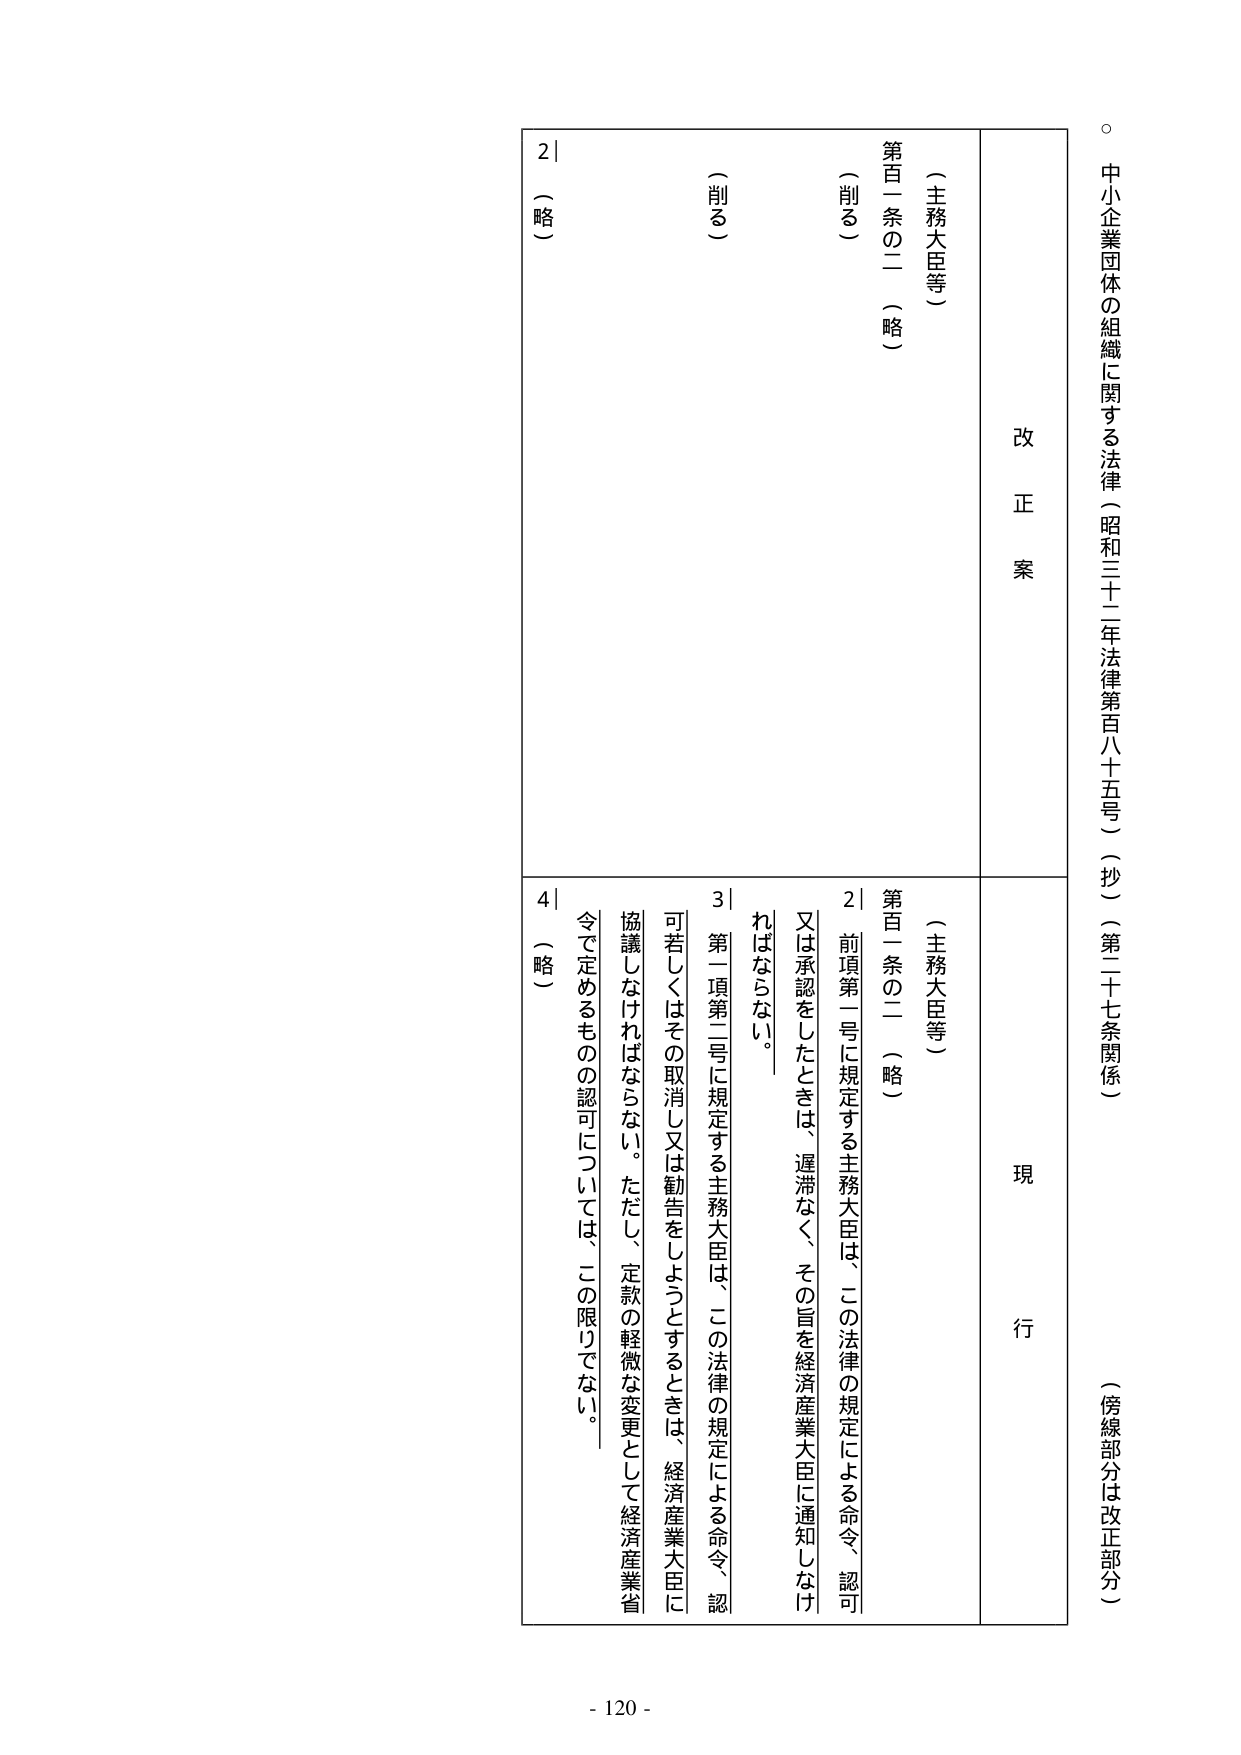
。中小企業団体の組織に関する法律（昭和三十二年法律第百八十五号）（抄）（第二十七条関係）（傍線部分は改正部分）

改正案
現行

（主務大臣等）
第百一条の二（略）
（削る）

（主務大臣等）
第百一条の二（略）
2 前項第一号に規定する主務大臣は、この法律の規定による命令、認可又は承認をしたときは、遅滞なく、その旨を経済産業大臣に通知しなければならない。
3 第一項第二号に規定する主務大臣は、この法律の規定による命令、認可若しくはその取消し又は勧告をしようとするときは、経済産業大臣に協議しなければならない。ただし、定款の軽微な変更として経済産業省令で定めるものの認可については、この限りでない。
4 （略）

（削る）
2 （略）

- 120 -